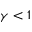
\gamma < 1